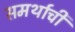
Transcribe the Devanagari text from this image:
समर्थाची